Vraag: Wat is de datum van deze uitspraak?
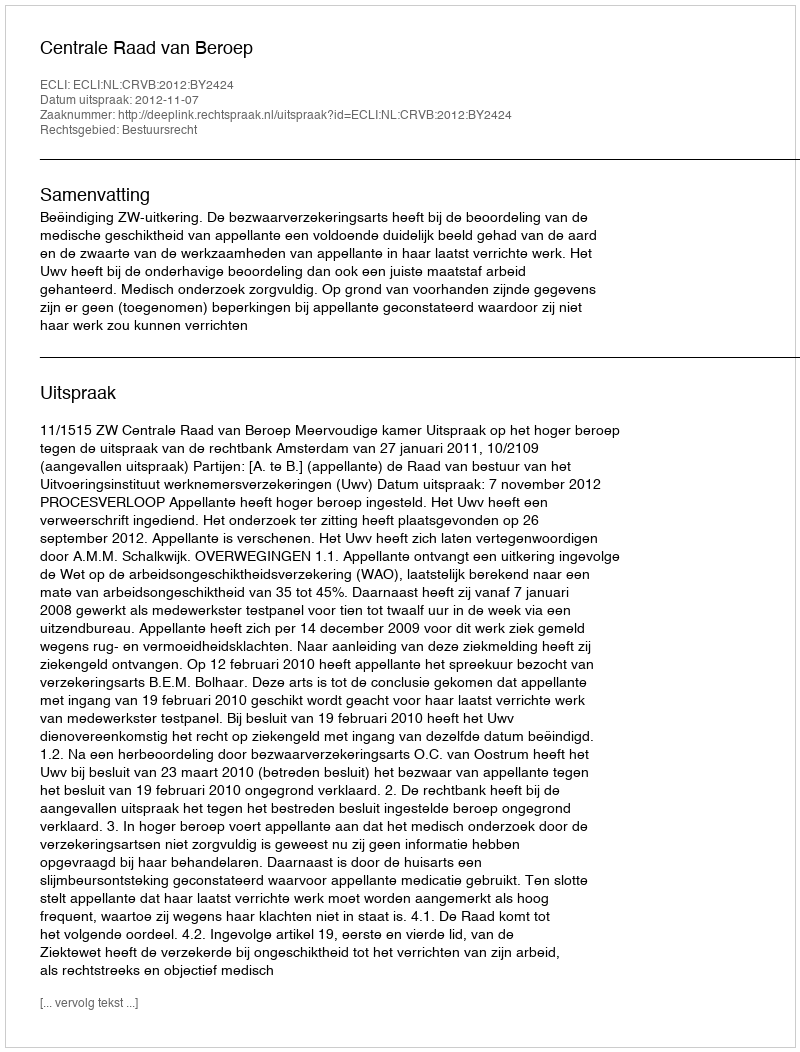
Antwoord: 2012-11-07